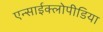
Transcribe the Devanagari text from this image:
एन्साईक्लोपीडिया